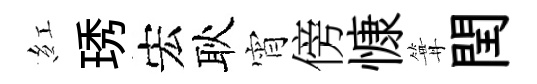
紅琇宏耿宵傍慷篝閏